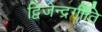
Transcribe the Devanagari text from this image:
द्विजेन्द्रगीति